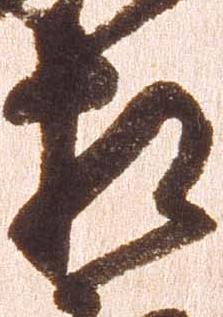
相